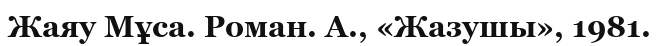
Жаяу Мұса. Роман. А., «Жазушы», 1981.